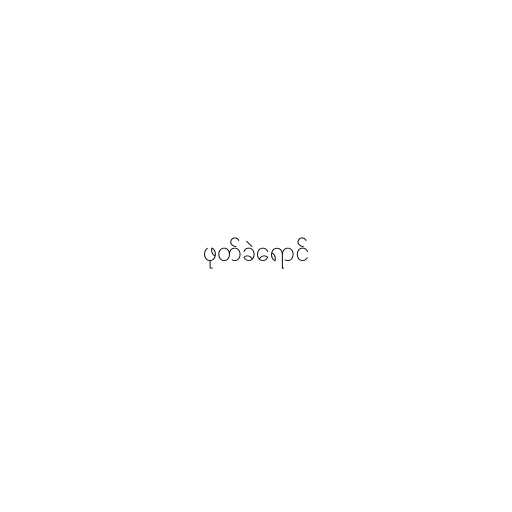
ဖုတ်ခဲရောင်